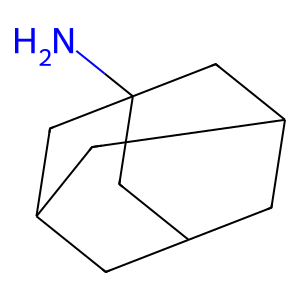
SMILES: NC12CC3CC(CC(C3)C1)C2
Inhibits HIV replication: No